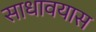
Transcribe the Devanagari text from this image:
साधावयास